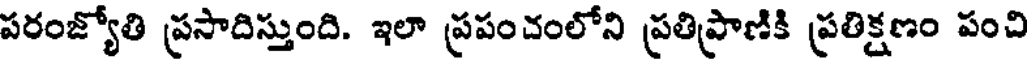
పరంజ్యోతి ప్రసాదిస్తుంది. ఇలా ప్రపంచంలోని ప్రతిప్రాణికి ప్రతిక్షణం పంచి